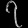
Digit: ၇